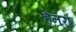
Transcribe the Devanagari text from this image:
हेनरॊ